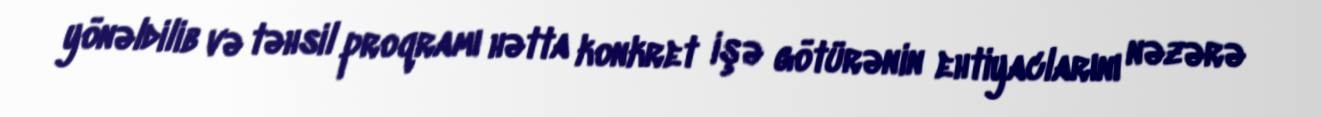
yönəldilib və təhsil proqramı hətta konkret işə götürənin ehtiyaclarını nəzərə